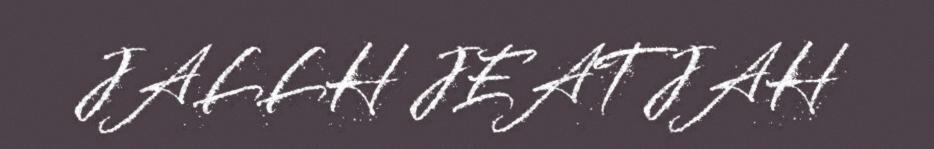
JALLH JEATJAH